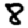
Digit: 8